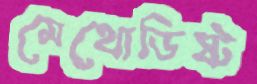
মেথোডিষ্ট